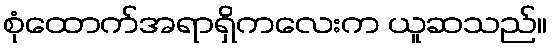
စုံထောက်အရာရှိကလေးက ယူဆသည်။